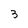
Character: 3